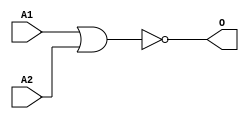
module MJNOR2A1(A1, A2, O);
input   A1;
input   A2;
output  O;
nor g0(O, A1, A2);
endmodule